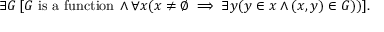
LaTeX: \exists G \, [ G { \mathrm { ~ i s ~ a ~ f u n c t i o n } } \, \land \forall x ( x \neq \emptyset \implies \exists y ( y \in x \land ( x , y ) \in G ) ) ] .